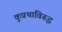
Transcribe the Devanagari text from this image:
कुप्रथांविरूद्ध